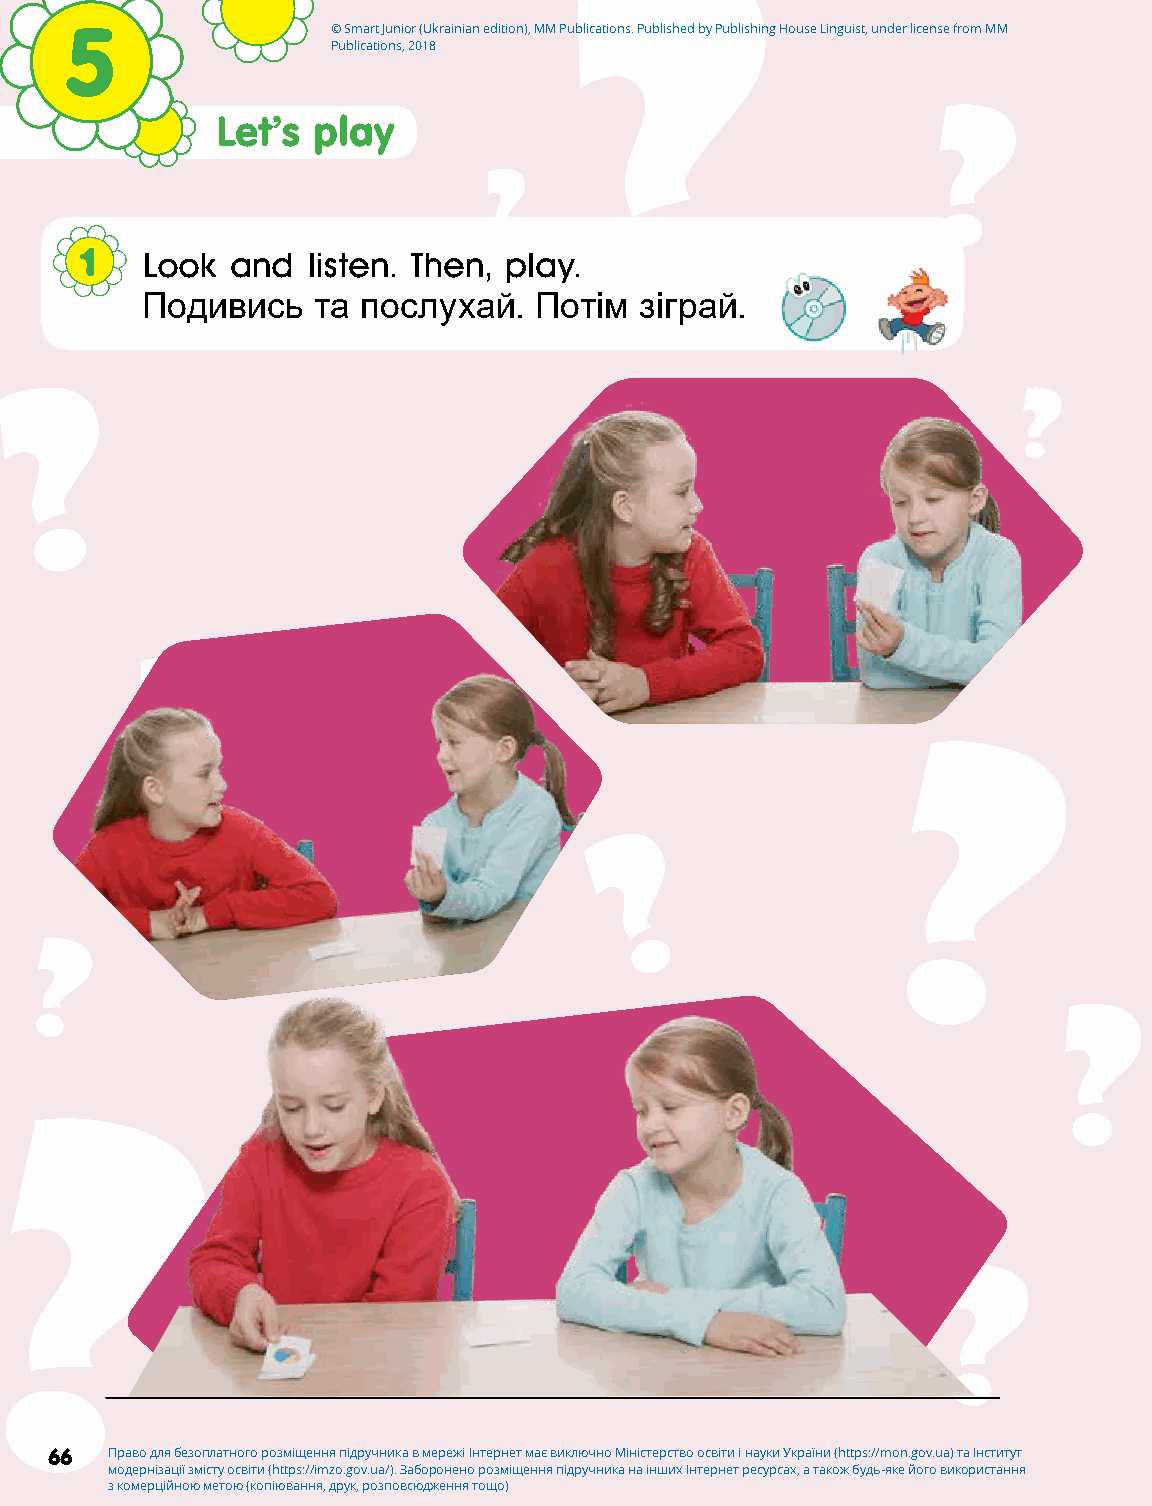
?
 5                 © Smart Junior (Ukrainian edition), MM Publications. Published by Publishing House Linguist, under license from MM
 Publications, 2018
 ?
 Let’s  play
 ?
 ?
 1   Look  and  listen. Then, play.
 Подивись    та послухай.  Потім  зіграй.
 ?
 ?
 ?
 ?
 ?
 ?
 ?
 ?
 ?
 ?
 ?
 6666 Право для безоплатного розміщення підручника в мережі Інтернет має виключно Міністерство освіти і науки України (https://mon.gov.ua) та Інститут
 модернізації змісту освіти (https://imzo.gov.ua/). Заборонено розміщення підручника на інших Інтернет ресурсах, а також будь-яке його використання
 з комерційною метою (копіювання, друк, розповсюдження тощо)